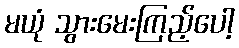
မယုံ သွားမေးကြည့်ပေါ့